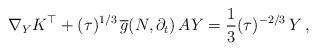
LaTeX: \begin{align*}\nabla_Y K^\top + (\tau)^{1/3} \, \overline{g}(N,\partial_t) \, AY =\frac{1}{3}(\tau)^{-2/3}\, Y \, ,\end{align*}